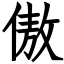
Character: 傲